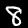
Digit: 8